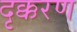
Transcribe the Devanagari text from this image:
दृक्करण